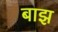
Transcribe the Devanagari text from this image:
बाझ